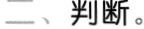
2.任何一个圆的周长总是它直径的3.14倍。 ( )